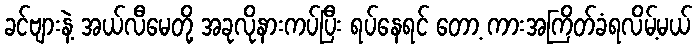
ခင်ဗျားနဲ့ အယ်လီမေတို့ အခုလိုနားကပ်ပြီး ရပ်နေရင် တော့ ကားအကြိတ်ခံရလိမ့်မယ်